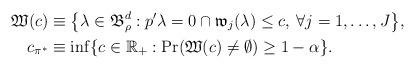
LaTeX: \begin{align*}\mathfrak{W}(c)&\equiv \big\{ \lambda\in \mathfrak B^d_\rho: p^\prime \lambda = 0 \cap \mathfrak w_{j}(\lambda)\le c, \: \forall j=1,\dots,J\big\} ,\\c_{\pi^*}&\equiv \inf\{c\in\mathbb R_+:\mathrm{Pr}(\mathfrak{W}(c)\ne\emptyset)\ge 1-\alpha\}.\end{align*}